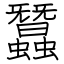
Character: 蠶